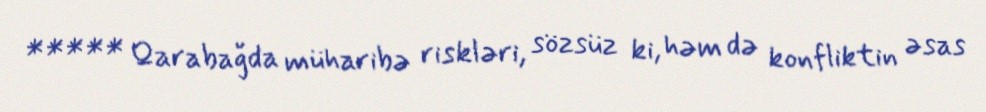
***** Qarabağda müharibə riskləri, sözsüz ki, həm də konfliktin əsas